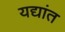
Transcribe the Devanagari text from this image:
यद्यांत